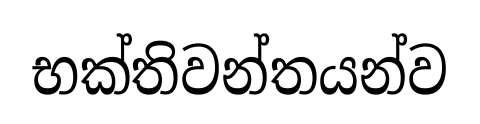
භක්තිවන්තයන්ව